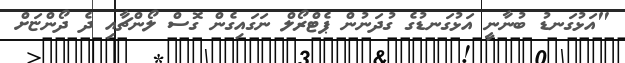
"އަޅުގަނޑު ބުނާނީ އަޅުގަނޑުގެ ގުދަނުން ޕެޓްރޯލް ނަގައިގެން ގޮސް ލޯންޗާއި ދެ ދޯންޏަށް